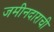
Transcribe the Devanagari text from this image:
जमीनदाराची